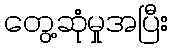
တွေ့ဆုံမှုအပြီး